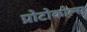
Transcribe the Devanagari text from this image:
प्रोटोकोल्स